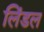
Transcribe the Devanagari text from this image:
लिंडल